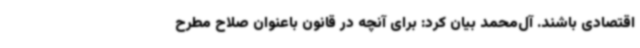
اقتصادی باشند. آل‌محمد بیان کرد: برای آنچه در قانون باعنوان صلاح مطرح